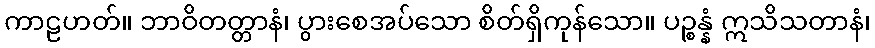
ကာဠဟတ်။ ဘာဝိတတ္တာနံ၊ ပွားစေအပ်သော စိတ်ရှိကုန်သော။ ပဉ္စန္နံ ဣသိသတာနံ၊